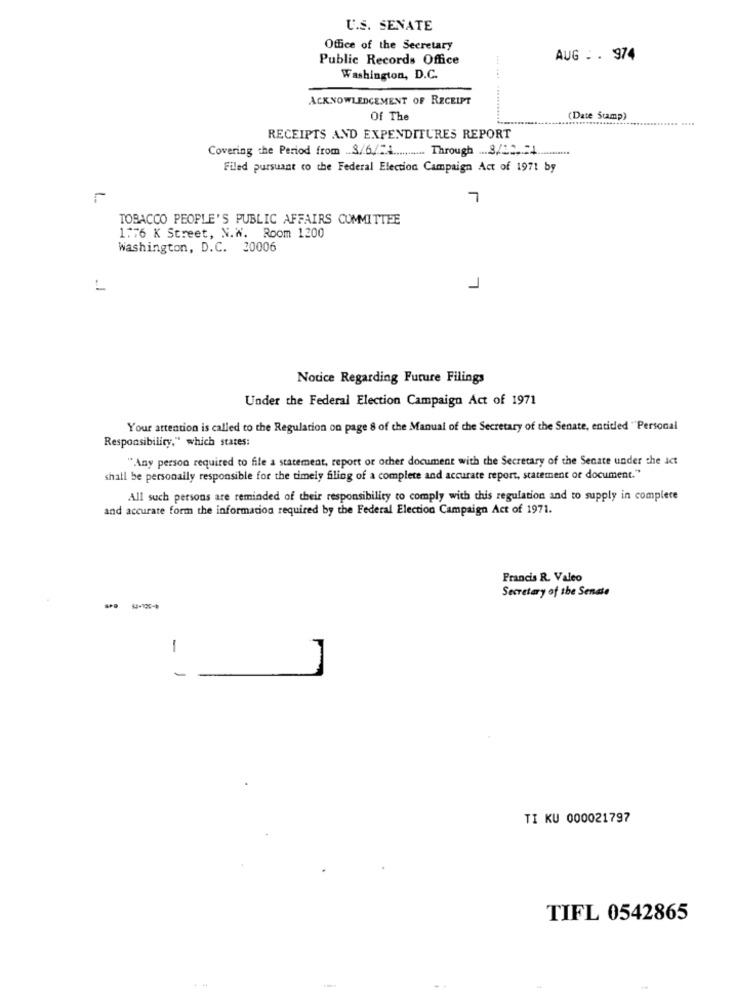
U.S. SENATE
Office of the Secretary
Public Records Office
AUG : . 974
Washington, D.C.
ACKNOWLEDGEMENT OF RECEIPT
Of The
(Date Stamp)
RECEIPTS AND EXPENDITURES REPORT
Covering the Period from .. 3/6/2 ............ Through ... 3/12.24.
Filed pursuant co the Federal Election Campaign Act of 1971 by
7
TOBACCO PEOPLE'S PUBLIC AFFAIRS COMMITTEE
1.76 K Street, N.W.
Room 1200
Washington, D.C. 20006
Notice Regarding Future Filings
Under the Federal Election Campaign Act of 1971
Your attention is called to the Regulation on page 8 of the Manual of the Secretary of the Senate, entitled "Personal
Responsibility," which states:
"Any person required to file a statement, report or other document with the Secretary of the Senate under the Ict
shall be personally responsible for the timely filing of a complete and accurate report, statement of document."
All such persons are reminded of their responsibility to comply with this regulation and to supply in complete
and accurate form the information required by the Federal Election Campaign Act of 1971.
Francis R. Valeo
Secretary of the Senate
1
-
TI KU 000021797
TIFL 0542865